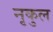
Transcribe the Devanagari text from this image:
नृकुल